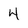
Character: 4